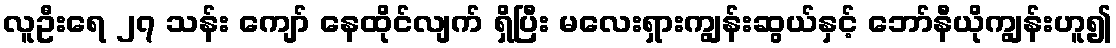
လူဦးရေ ၂၇ သန်း ကျော် နေထိုင်လျက် ရှိပြီး မလေးရှားကျွန်းဆွယ်နှင့် ဘော်နီယိုကျွန်းဟူ၍